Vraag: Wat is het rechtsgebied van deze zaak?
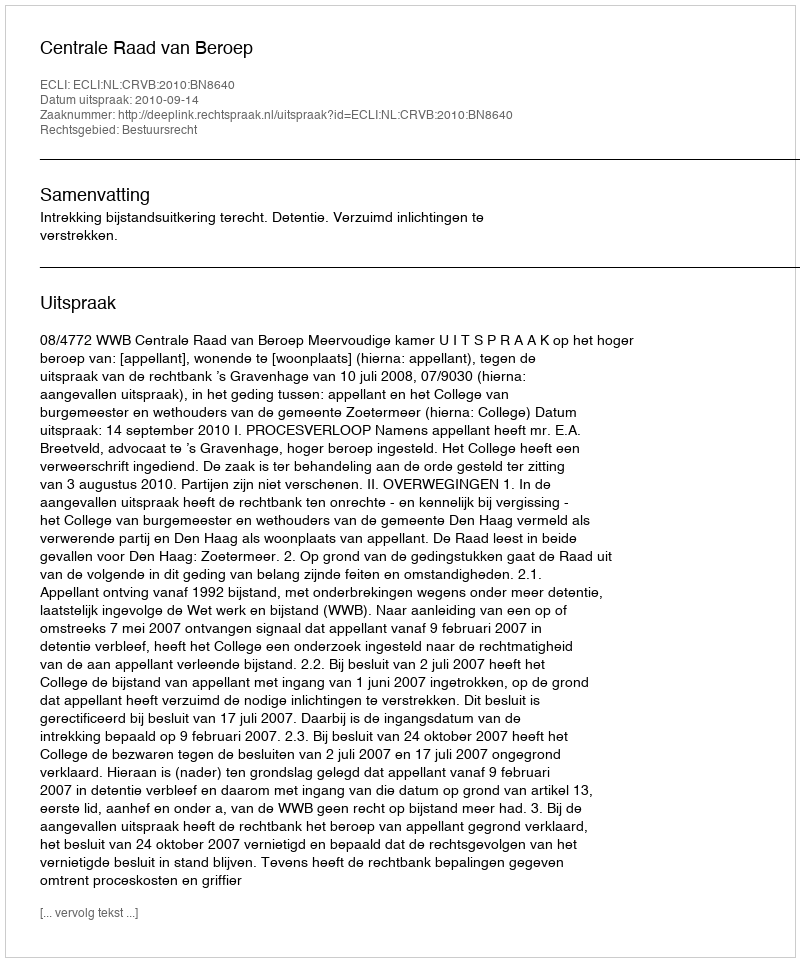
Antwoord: Bestuursrecht